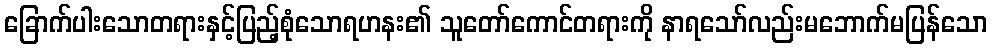
ခြောက်ပါးသောတရားနှင့်ပြည့်စုံသောရဟနး၏ သူတော်ကောင်တရားကို နာရသော်လည်းမဘောက်မပြန်သော